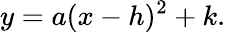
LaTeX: y=a(x-h)^{2}+k.